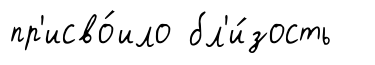
пр'исво́ило бл'и́зость